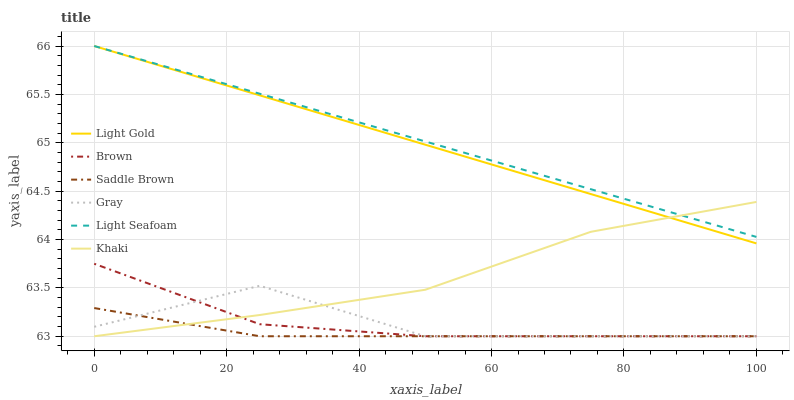
| xaxis_label | Light Gold | Brown | Saddle Brown | Gray | Light Seafoam | Khaki |
 | --- | --- | --- | --- | --- | --- | --- |
 | 0 | 66 | 63.7 | 63.3 | 63.1 | 66 | 63 |
 | 25 | 65.5 | 63.1 | 63 | 63.5 | 65.5 | 63.2 |
 | 50 | 65 | 63 | 63 | 63 | 65 | 63.5 |
 | 75 | 64.5 | 63 | 63 | 63 | 64.5 | 64.1 |
 | 100 | 64 | 63 | 63 | 63 | 64 | 64.4 |